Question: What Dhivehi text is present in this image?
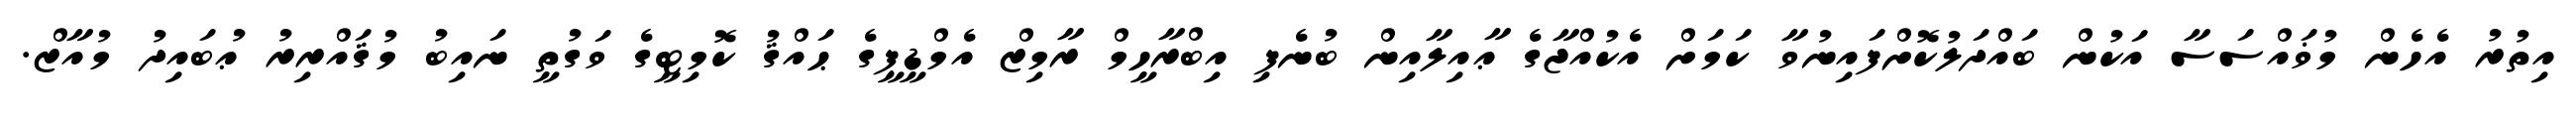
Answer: އިތުރު އެހެން މުޥައްސަސާ އަކުން ބައްދަލުކޮށްފައިނުވާ ކަމަށް އެކުއްޖާގެ ޢާއިލާއިން ބުނެފި އިބްރާހީމް ރާމިޒް އެމްޑީޕީގެ ޙައްޤު ކޮމިޓީގެ ވަގުތީ ނައިބު މުޤައްރިރު ޢުބައިދު މުއާޒް.